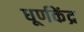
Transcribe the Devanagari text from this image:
धूर्णकेंद्र